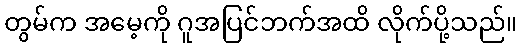
တွမ်က အမေ့ကို ဂူအပြင်ဘက်အထိ လိုက်ပို့သည်။